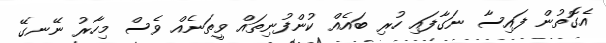
އެގޮތުން ފައިސާ ނަގާފައި ހުރި ބައެއް ކުންފުނިތައް ވީތަނެއް ވެސް މިހާރު ނޭނގޭ